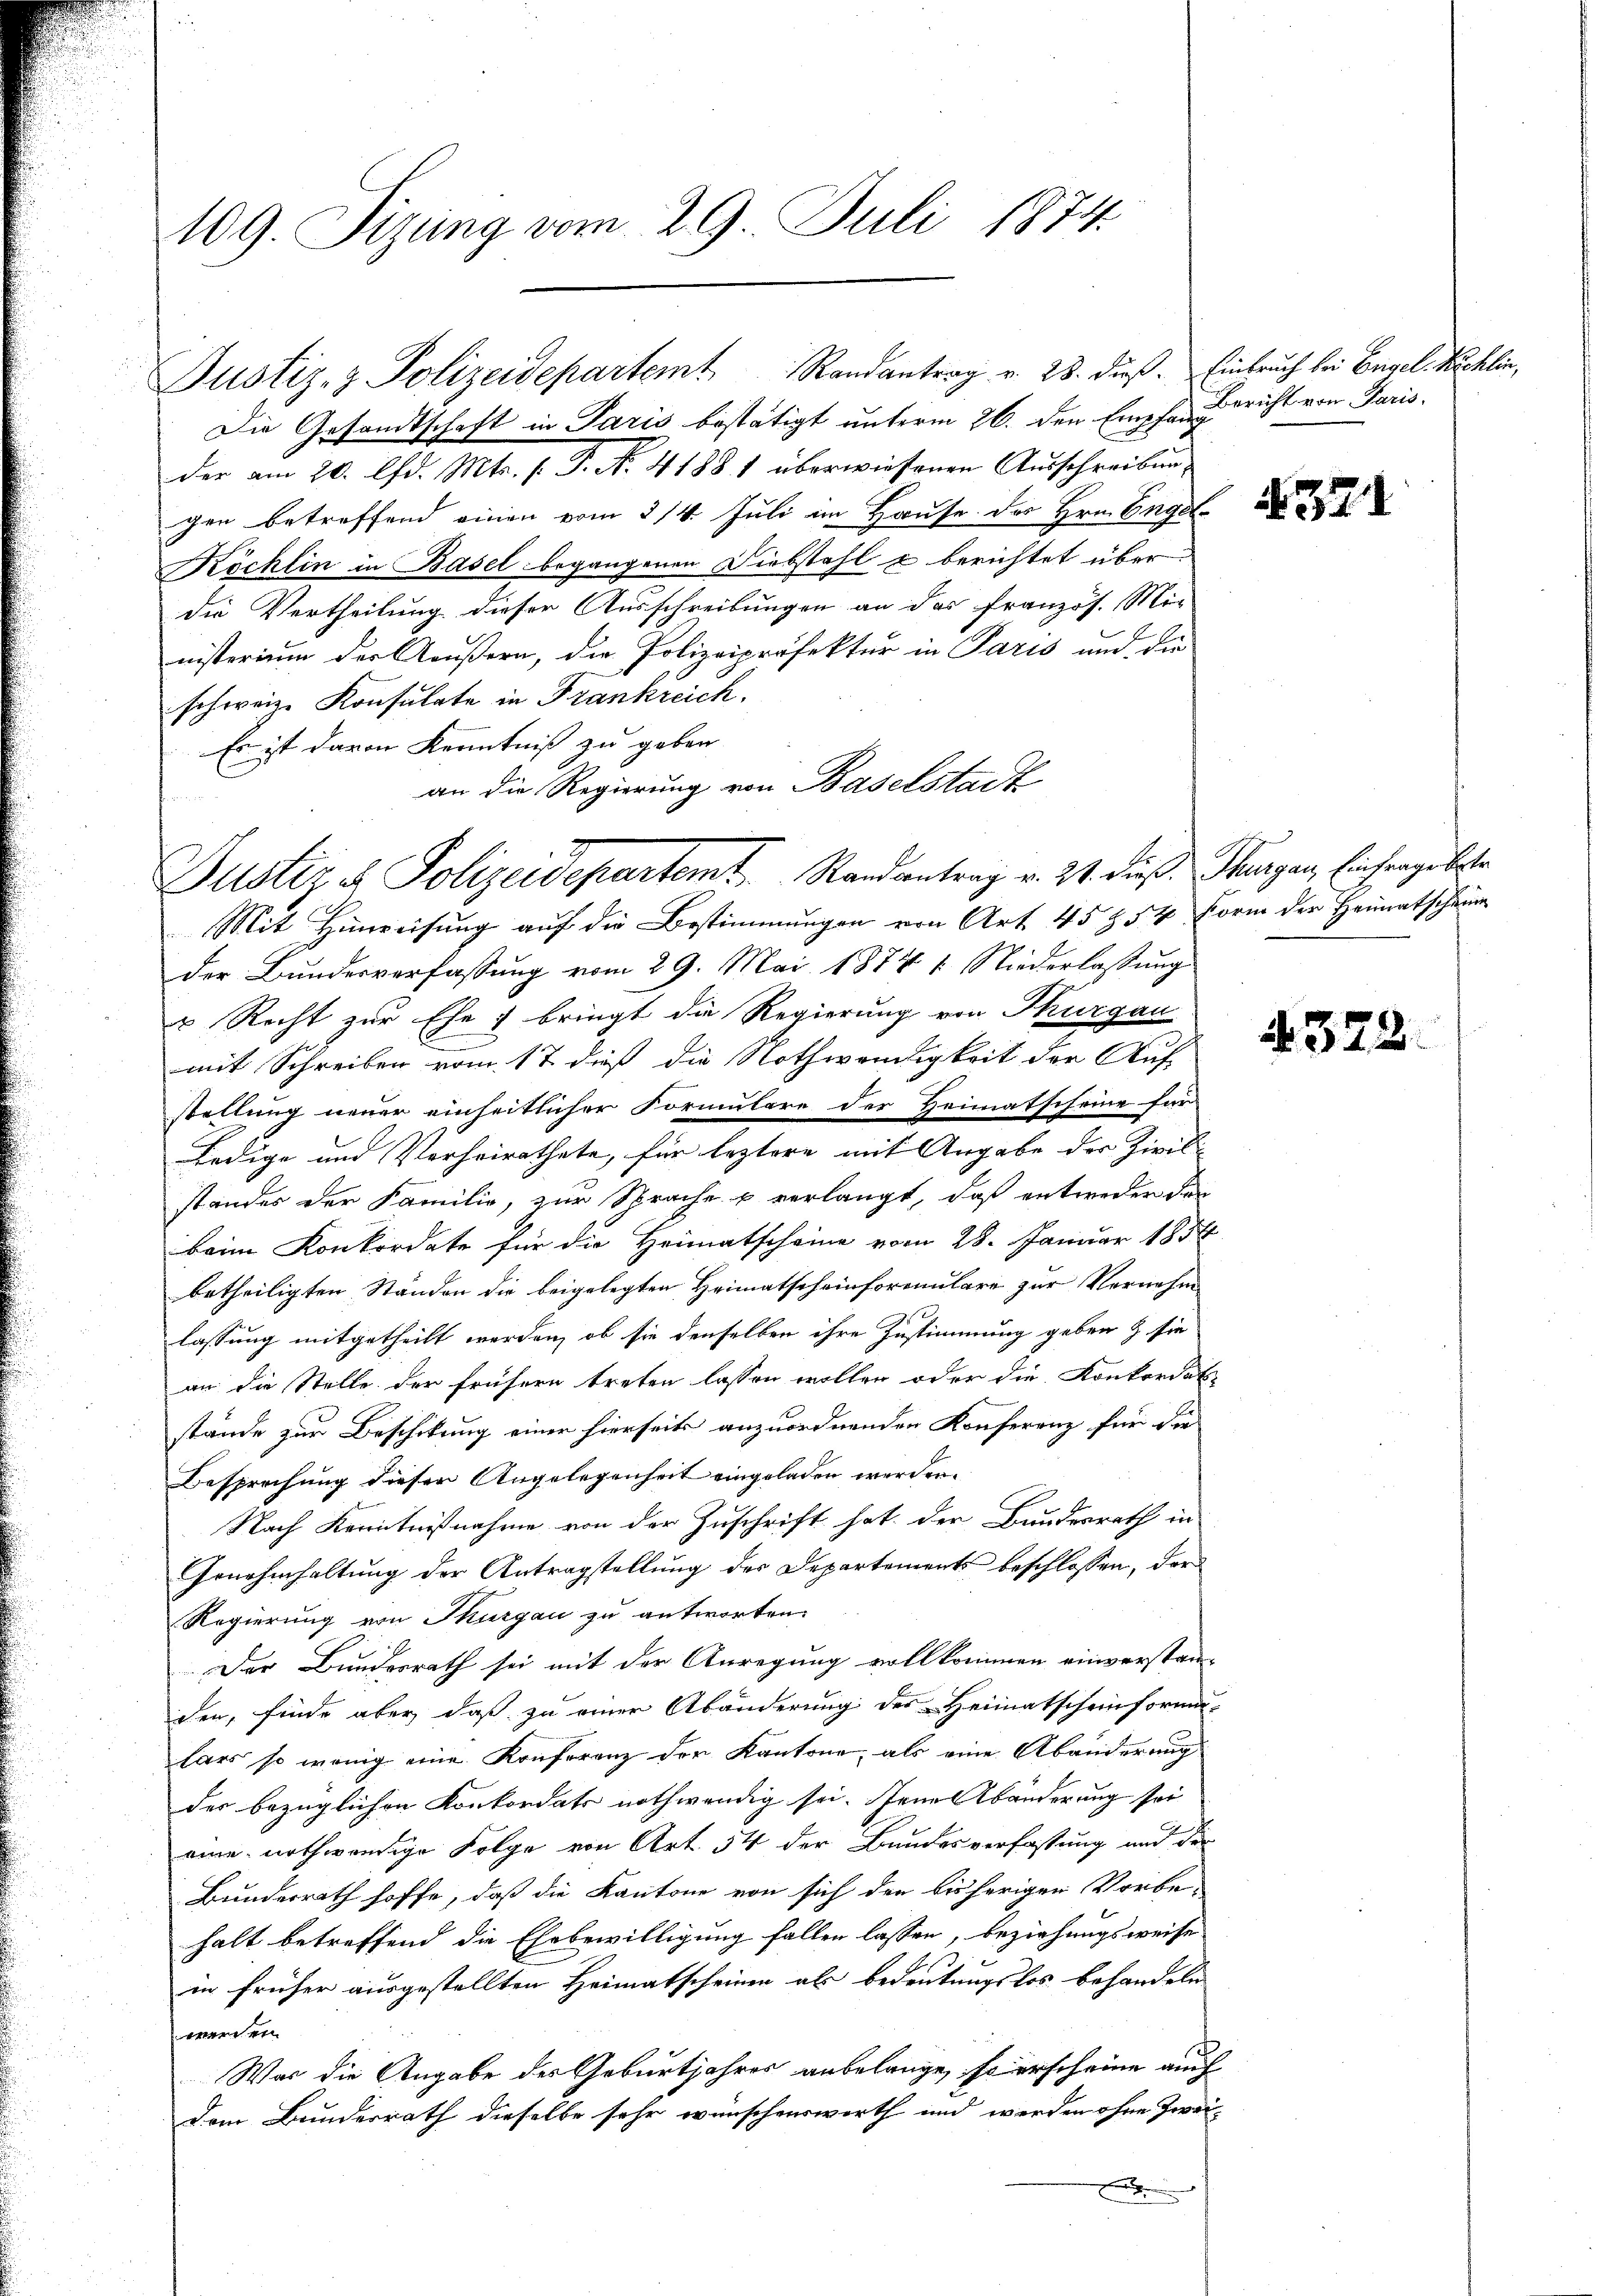
109. Sizung vom 29. Juli 1874.

Justiz- & Polizeidepartemt Randantrag v. 28. dieß. Einbruch bei Engel. Nachlin,

Die Gesandtschaft in Paris bestätigt unterm 26. den Empfangericht von Paris
der am 20. lfd. Mts. s. P. Nr. 41881 überwiesenen Ausschreibung
gen betreffend einen vom 3/4. Juli im Hause des Hrn. Engel¬
Köchlin in Basel begangenen Diebstahl u berichtet überdie Vertheilung dieser Ausschreibungen an das französ. Mi-
nisterium der Aeußern, die Polizeipräfektur in Paris und die
schweiz. Konsulate in Frankreich.
Es ist davon Kenntniß zu geben
an die Regierung von Baselstadt
Mit Hinweisung auf die Bestimmungen von Art. 45 854 Form der Heimatschein
der Bundesverfassung vom 29. Mai 1874 1. Niederlassung
u Recht zur Ehe bringt die Regierung von Thurgau
.
mit Schreiben vom 17 dieß die Nothwendigkeit der Auf-
stellung neuer einheitlicher Formulare der Heimatscheine für
ledige und Verheirathete, für leztere mit Angabe der Zivil-
standes der Familie, zur Sprache u verlangt, daß entweder den
beim Konkordate für die Heimatscheine vom 28. Januar 1858
betheiligten Ständen die beigelegten Heimatscheinformulare zur Vernehm
lassung mitgetheilt werden, ob sie denselben ihre Zustimmung geben & sie
an die Stelle der frühern treten lassen wollen oder die Konkordat
stände zur Beschikung einer hierseits anzuordnenden Konferenz für die
Besprechung dieser Angelegenheit eingeladen werden.
Nach Kenntnißnahme von der Zuschrift hat der Bundesrath in
Genehmhaltung der Antragstellung der Departements beschlossen, der
Regierung von Thurgau zu antworten.
Der Bundesrath sei mit der Anregung vollkommen einverstan-
den, finde aber, daß zu einer Abänderung der Heimatscheinforma-
hars so wenig eine Konferenz der Kantone, als eine Abänderung
der bezüglichen Konkordats nothwendig sei. Jene Abänderung sei
eine nothwendige Folge von Art. 54 der Bundesverfassung und der
Bunderrath hoffe, daß die Kantone von sich den bisherigen Vorbe-
halt betreffend die Ehebewilligung fallen lassen, beziehungsweise
in früher ausgestellten Heimatscheinen als bedeutungslos behandeln
werden.
Was die Angabe des Geburtjahres anbelange, so erscheine auch
Dem Bundesrath dieselbe sehr wünschenswerth und werden ohne Zwei-
.

Justiz & Polizeidepartemt. Randantrag v. 21. dieß. Burger, Einfrage bester

371

4372.